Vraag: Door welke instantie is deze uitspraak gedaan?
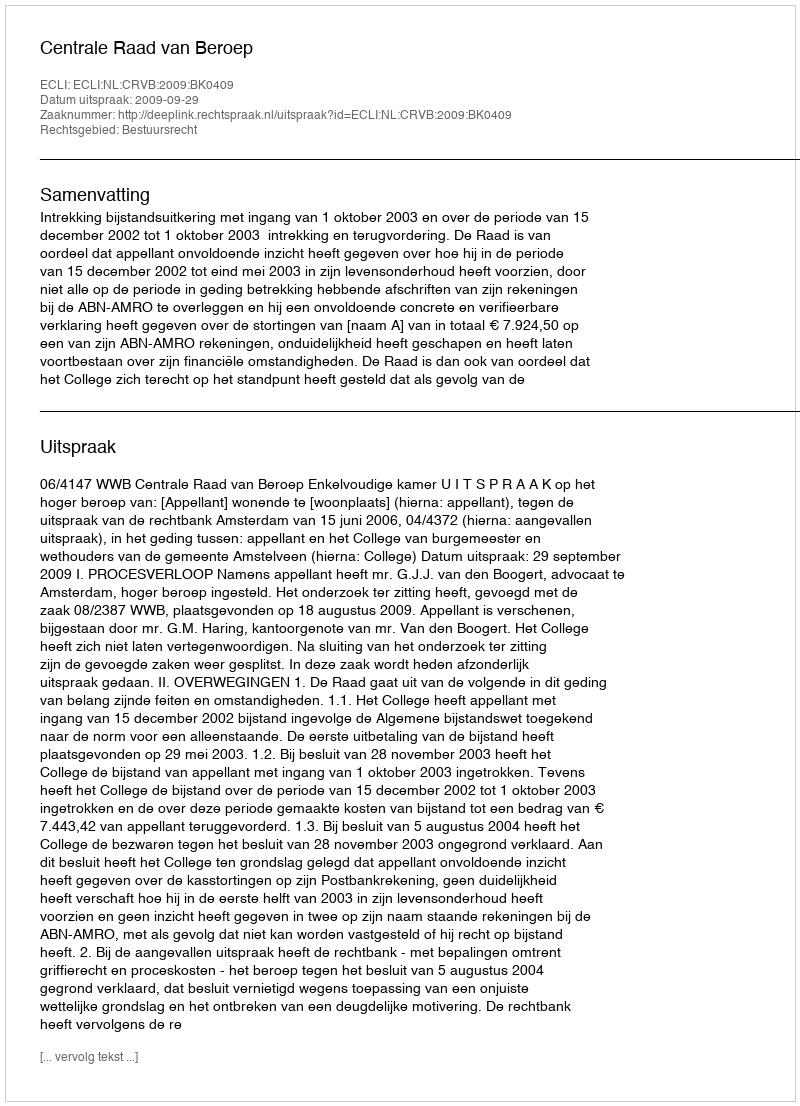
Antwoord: Centrale Raad van Beroep